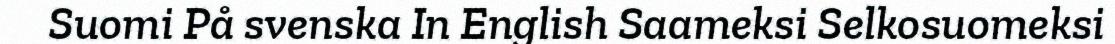
Suomi På svenska In English Saameksi Selkosuomeksi